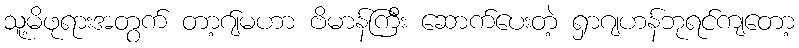
သူ့မိဖုရားအတွက် တာ့ဂ်ျမဟာ ဗိမာန်ကြီး ဆောက်ပေးတဲ့ ရှာဂျဟန်ဘုရင်ကျတော့